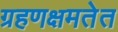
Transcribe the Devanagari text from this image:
ग्रहणक्षमतेत